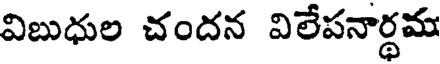
విబుధుల చందన విలేపనార్ధమ